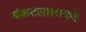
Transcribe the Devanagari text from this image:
बंकटलालाकडे